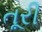
તૂરી